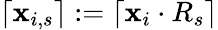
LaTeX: \left\lceil\mathbf{x}_{i,s}\right\rceil:=\left\lceil\mathbf{x}_{i}\cdot R_{s}\right\rceil